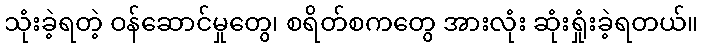
သုံးခဲ့ရတဲ့ ဝန်ဆောင်မှုတွေ၊ စရိတ်စကတွေ အားလုံး ဆုံးရှုံးခဲ့ရတယ်။